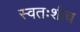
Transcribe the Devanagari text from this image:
स्वतःशीच